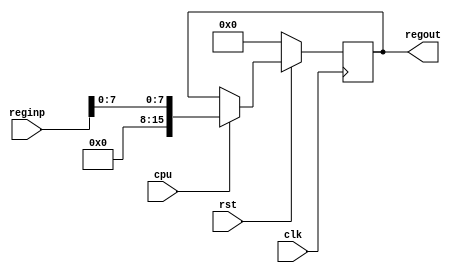
////////////////////////////////////////////////////////////////////////////////////////////////////
//
// Interessengruppe fuer Mikroelektronik und Eingebettete Systeme (IMES)
// Fachhochschule Dortmund
//
// Tool         : Mentor Graphics HDL Designer(TM) 2015.1b (Build 4)
// Description  : Prescaleregister m. reset Ausgang res_scale
// Commentary   :  
//
// Changelog:
// -------------------------------------------------------------------------------------------------
// Version | Author             | Date       | Changes
// -------------------------------------------------------------------------------------------------
// 0.9     | Leduc              | 15.05.2019 | created
// -------------------------------------------------------------------------------------------------
//
////////////////////////////////////////////////////////////////////////////////////////////////////

//`resetall
//`timescale 1ns/10ps
//`default_nettype none

module prescalereg2 (
  input wire clk,
  input wire rst,           // reset
  input wire cpu,           // CPU wuenscht Zugriff
  input wire [15:0] reginp, // CPU schreibt
  output wire [15:0] regout  // Prescaler liest --Beer 2018_06_18, erweitert auf 16bit
);

//tmrg default triplicate
//tmrg tmr_error false 

reg [15:0] register_i;

//triplication signals
wire [15:0] register_iVoted = register_i;
assign regout = register_iVoted;

always @(posedge clk)
begin
  if (rst == 1'b0) begin         // synchroner reset
    register_i <= 16'd0;
    end
  else if (cpu == 1'b1) begin
    register_i <= {8'd0,reginp[7:0]};
  end
  else
    register_i <= register_iVoted;
end 

endmodule